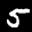
Label: 5